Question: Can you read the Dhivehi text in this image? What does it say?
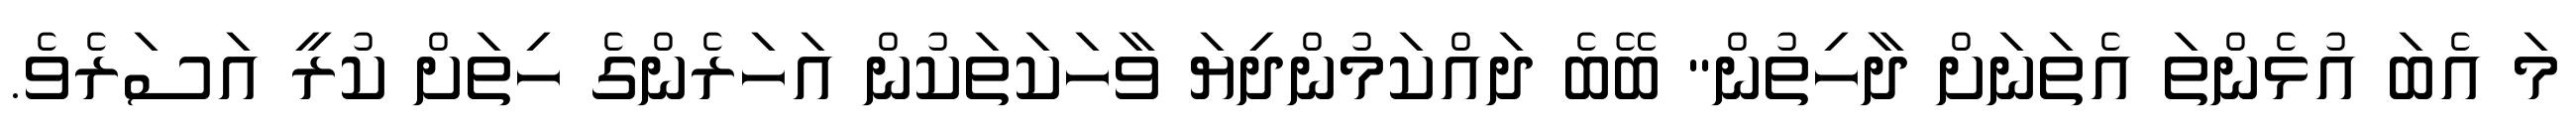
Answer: މަ އެބަ އުޅެންތަ އެތަނަށް ދާހިތުން" ބޭބެ ދައްކަމުންދިޔަ ވާހަކަތަކުން އަހަރެންގެ ހިތަށް ކުރީ އަސަރެވެ.